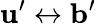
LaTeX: \mathbf{u}^{\prime}\leftrightarrow\mathbf{b}^{\prime}